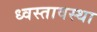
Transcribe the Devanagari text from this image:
ध्वस्तावस्था